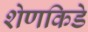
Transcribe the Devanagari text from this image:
शेणकिडे